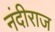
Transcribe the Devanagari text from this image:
नंदीराज